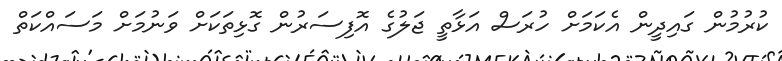
ކުރުމުން ގައިދީން އެކަމަށް ހުރަސް އަޅާތީ ޖަލުގެ އޮފިސަރުން ގޮޅިތަކަށް ވަނުމަށް މަސައްކަތް